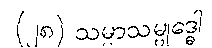
(၂၈) သမ္မာသမ္ဗုဒ္ဓေါ